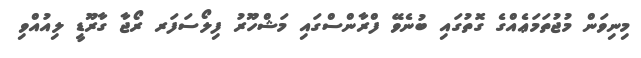
މިނިވަން މުޖުތަމަޢެއްގެ ގޮތުގައި ބުނެވޭ ފްރާންސްގައި މަޝްހޫރު ފިލޯސަފަރ ރޯޖާ ގާރޫޑީ ލިއުއްވި